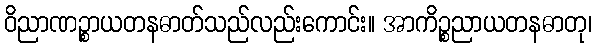
ဝိညာဏဉ္စာယတနဓာတ်သည်လည်းကောင်း။ အာကိဉ္စညာယတနဓာတု၊